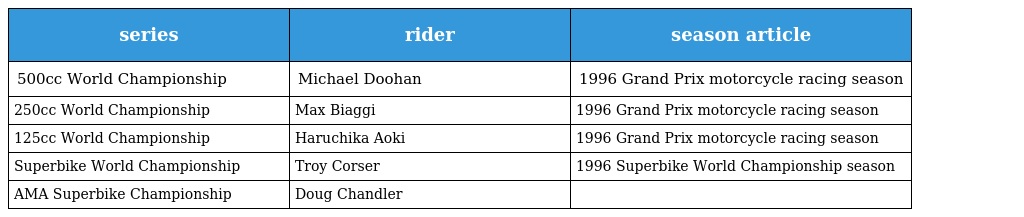
| series | rider | season article |
 | --- | --- | --- |
 | 500cc World Championship | Michael Doohan | 1996 Grand Prix motorcycle racing season |
 | 250cc World Championship | Max Biaggi | 1996 Grand Prix motorcycle racing season |
 | 125cc World Championship | Haruchika Aoki | 1996 Grand Prix motorcycle racing season |
 | Superbike World Championship | Troy Corser | 1996 Superbike World Championship season |
 | AMA Superbike Championship | Doug Chandler |  |